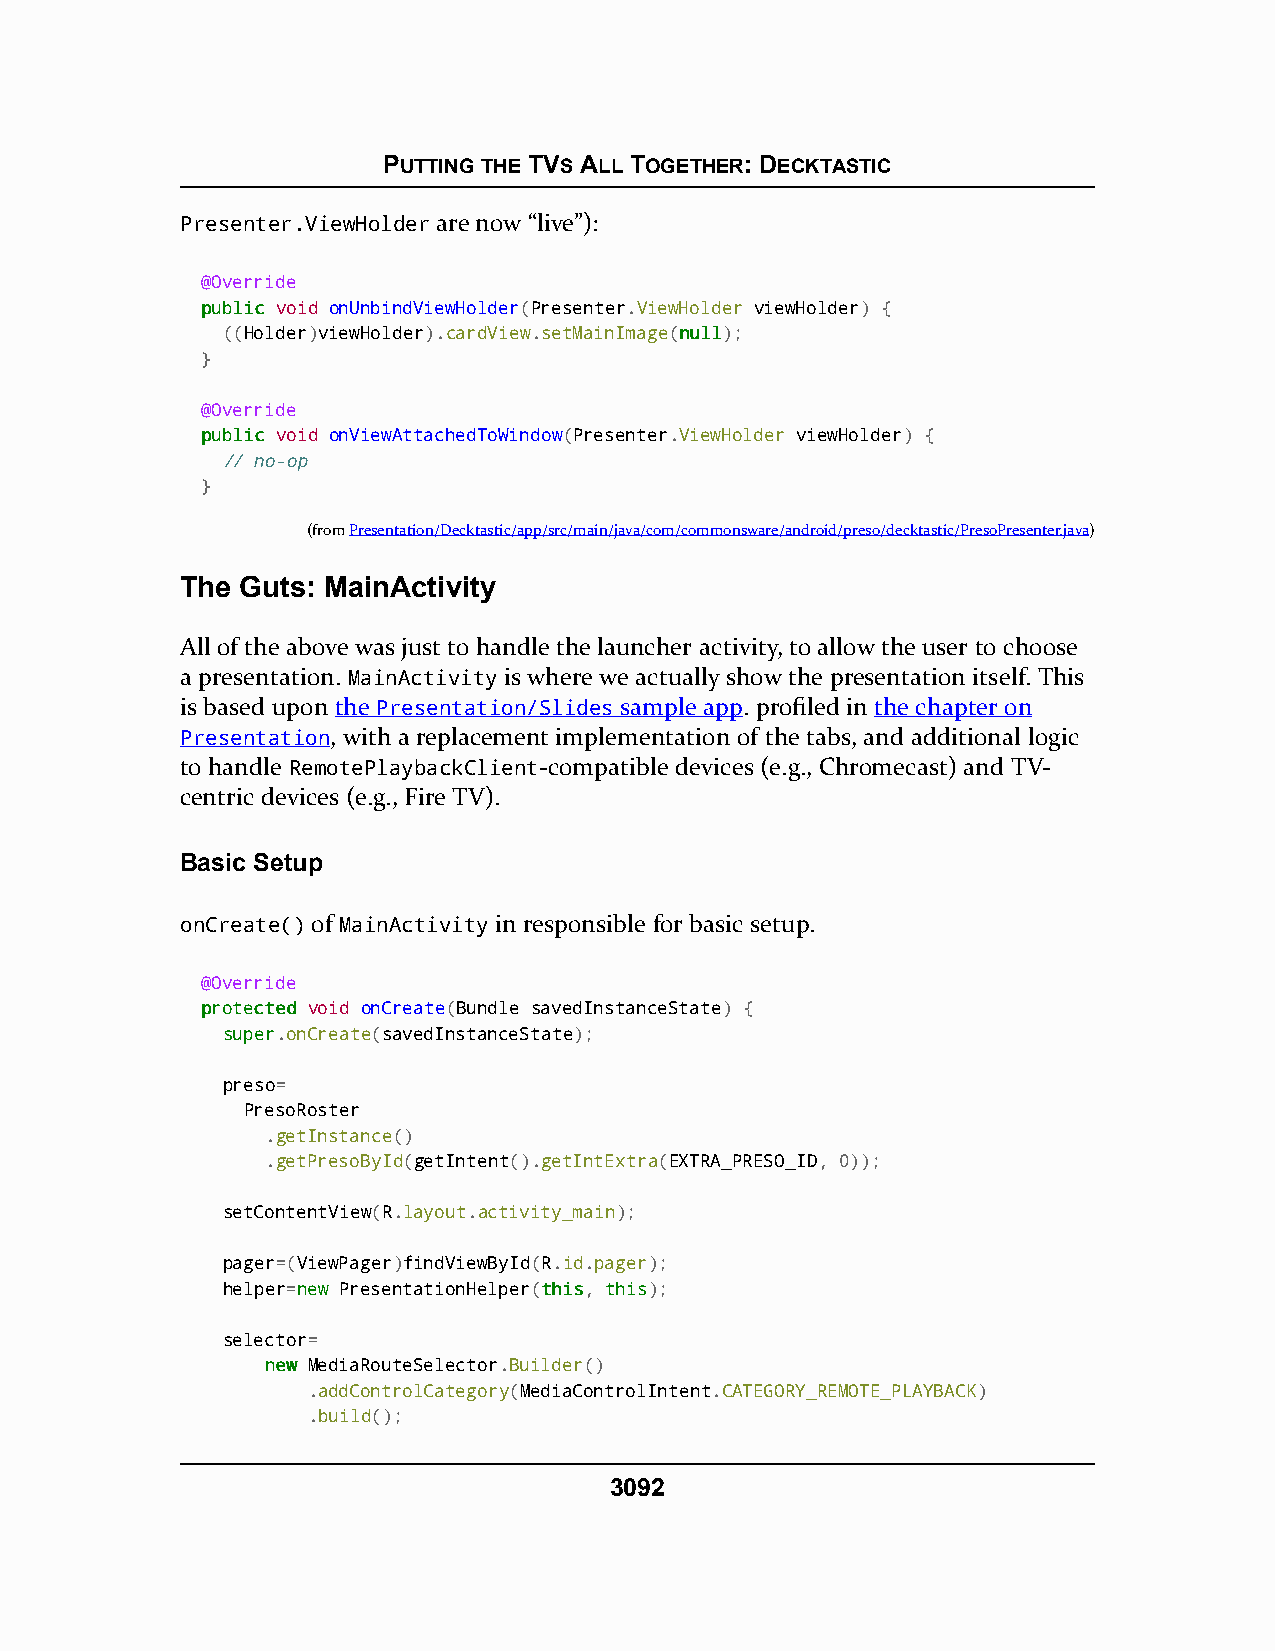
PUTTING THE TVS ALL TOGETHER: DECKTASTIC
 Presenter.ViewHolder are now “live”):
 @Override
 ppuubblliicc void onUnbindViewHolder(Presenter.ViewHolder viewHolder) {
 ((Holder)viewHolder).cardView.setMainImage(nnuullll);
 }
 @Override
 ppuubblliicc void onViewAttachedToWindow(Presenter.ViewHolder viewHolder) {
 // no-op
 }
 (fromPresentation/Decktastic/app/src/main/java/com/commonsware/android/preso/decktastic/PresoPresenter.java)
 The Guts: MainActivity
 All of the above was just to handle the launcher activity, to allow the user to choose
 a presentation. MainActivity is where we actually show the presentation itself. This
 is based upon the Presentation/Slides sample app. profiled in the chapter on
 Presentation, with a replacement implementation of the tabs, and additional logic
 to handle RemotePlaybackClient-compatible devices (e.g., Chromecast) and TV-
 centric devices (e.g., Fire TV).
 Basic Setup
 onCreate() of MainActivity in responsible for basic setup.
 @Override
 pprrootteecctteedd void onCreate(Bundle savedInstanceState) {
 ssuuppeerr.onCreate(savedInstanceState);
 preso=
 PresoRoster
 .getInstance()
 .getPresoById(getIntent().getIntExtra(EXTRA_PRESO_ID, 0));
 setContentView(R.layout.activity_main);
 pager=(ViewPager)findViewById(R.id.pager);
 helper=nneeww PresentationHelper(tthhiiss, tthhiiss);
 selector=
 nneeww MediaRouteSelector.Builder()
 .addControlCategory(MediaControlIntent.CATEGORY_REMOTE_PLAYBACK)
 .build();
 3092